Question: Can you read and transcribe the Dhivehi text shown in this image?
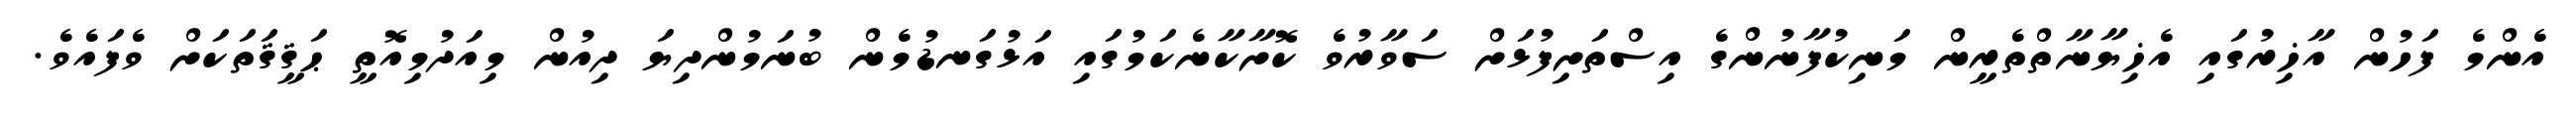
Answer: އެންމެ ފަހުން އާޚިރުގައި އެޚިޔާނާތްތެރީން މަނިކުފާނުންގެ އިސްތަށިފުޅަށް ސަވާރުވެ ކޮށާކާނެކަމުގައި އަޅުގަނޑުމެން ބުނަމުންދިޔަ ދިއުން މިއަދުމިއޮތީ ޙަޤީޤަތަކަށް ވެފައެވެ.